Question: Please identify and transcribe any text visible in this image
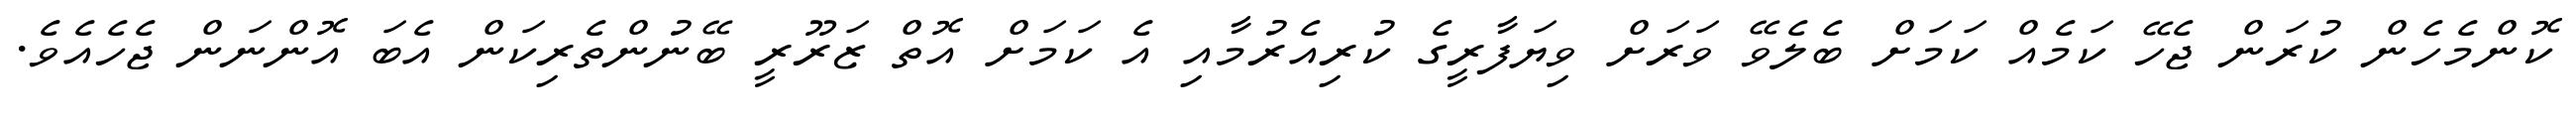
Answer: ކޮންމެހެން ކުރަން ޖެހޭ ކަމެއް ކަމަށް ބެލެވޭ ވަރަށް ވިޔަފާރީގެ ކުރިއެރުމާއި އެ ކަމަށް އޮތް ޒަރޫރީ ބޭނުންތެރިކަން އެބަ އޮންނަން ޖެހެއެވެ.